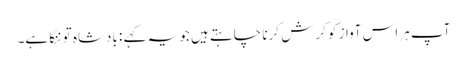
آپ ہر اس آواز کو کرش کرنا چاہتے ہیں جو یہ کہے : بادشاہ تو ننگا ہے۔